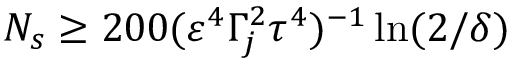
N _ { s } \geq 2 0 0 ( \varepsilon ^ { 4 } \Gamma _ { j } ^ { 2 } \tau ^ { 4 } ) ^ { - 1 } \ln ( 2 / \delta )